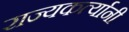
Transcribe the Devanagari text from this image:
राज्यकर्त्यानी